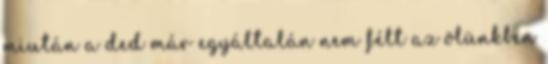
miután a ded már egyáltalán nem félt az ölünkben